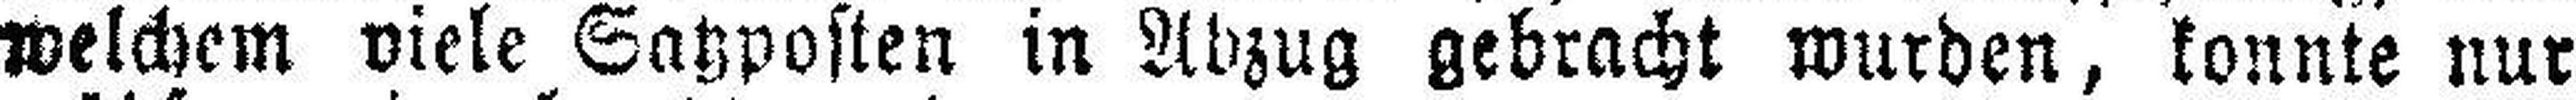
welchem viele Satzposten in Abzug gebracht wurden, konnte nur